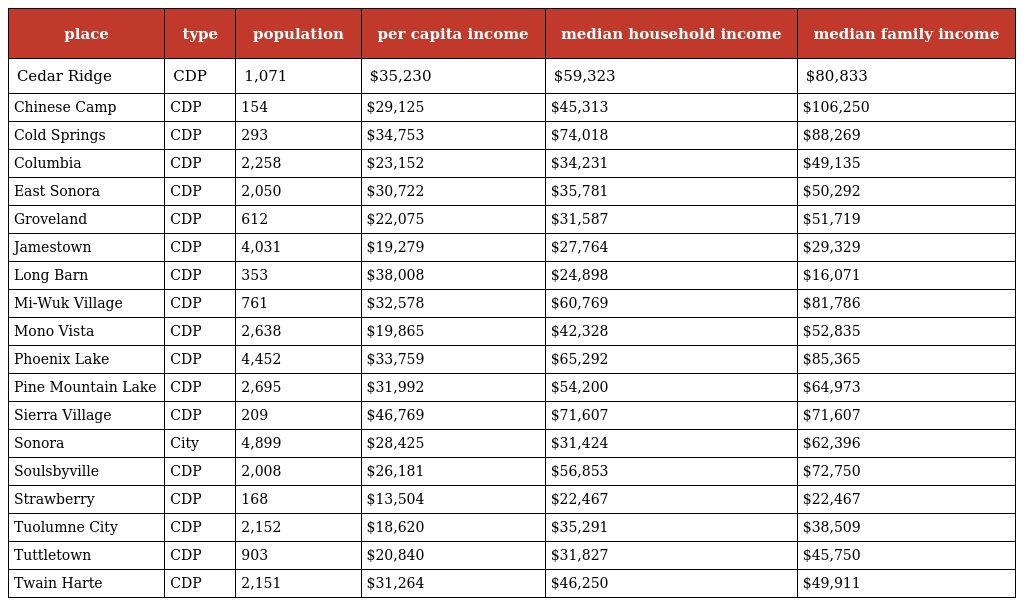
| place | type | population | per capita income | median household income | median family income |
 | --- | --- | --- | --- | --- | --- |
 | Cedar Ridge | CDP | 1,071 | $35,230 | $59,323 | $80,833 |
 | Chinese Camp | CDP | 154 | $29,125 | $45,313 | $106,250 |
 | Cold Springs | CDP | 293 | $34,753 | $74,018 | $88,269 |
 | Columbia | CDP | 2,258 | $23,152 | $34,231 | $49,135 |
 | East Sonora | CDP | 2,050 | $30,722 | $35,781 | $50,292 |
 | Groveland | CDP | 612 | $22,075 | $31,587 | $51,719 |
 | Jamestown | CDP | 4,031 | $19,279 | $27,764 | $29,329 |
 | Long Barn | CDP | 353 | $38,008 | $24,898 | $16,071 |
 | Mi-Wuk Village | CDP | 761 | $32,578 | $60,769 | $81,786 |
 | Mono Vista | CDP | 2,638 | $19,865 | $42,328 | $52,835 |
 | Phoenix Lake | CDP | 4,452 | $33,759 | $65,292 | $85,365 |
 | Pine Mountain Lake | CDP | 2,695 | $31,992 | $54,200 | $64,973 |
 | Sierra Village | CDP | 209 | $46,769 | $71,607 | $71,607 |
 | Sonora | City | 4,899 | $28,425 | $31,424 | $62,396 |
 | Soulsbyville | CDP | 2,008 | $26,181 | $56,853 | $72,750 |
 | Strawberry | CDP | 168 | $13,504 | $22,467 | $22,467 |
 | Tuolumne City | CDP | 2,152 | $18,620 | $35,291 | $38,509 |
 | Tuttletown | CDP | 903 | $20,840 | $31,827 | $45,750 |
 | Twain Harte | CDP | 2,151 | $31,264 | $46,250 | $49,911 |